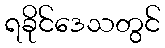
ရခိုင်ဒေသတွင်